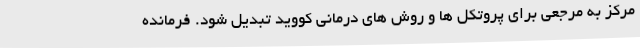
مرکز به مرجعی برای پروتکل ها و روش های درمانی کووید تبدیل شود. فرمانده